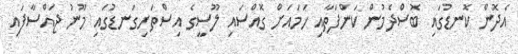
އެދޮން ކޮނޑުގައި ބޮސްދެމުން ކަންފަތާއި ހަމައަށް ގޮއްސައި ލޫސީގެ އިސްތަށިގަނޑުގައި މޫނު ޖައްސާފައި